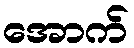
အောက်